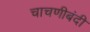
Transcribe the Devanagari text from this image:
चाचणीबंदी